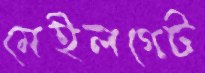
মেইলগেট